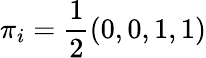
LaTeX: \pi_{i}=\frac{1}{2}(0,0,1,1)